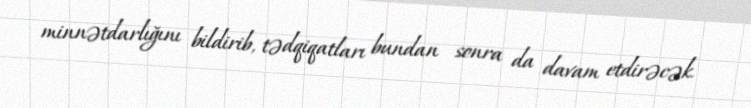
minnətdarlığını bildirib, tədqiqatları bundan sonra da davam etdirəcək.